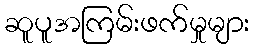
ဆူပူအကြမ်းဖက်မှုများ